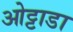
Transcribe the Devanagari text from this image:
ओट्टाडा